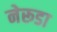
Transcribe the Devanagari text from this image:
नेरूडा